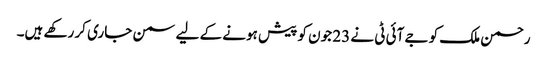
رحمن ملک کو جے آئی ٹی نے 23 جون کو پیش ہونے کے لیے سمن جاری کر رکھے ہیں۔